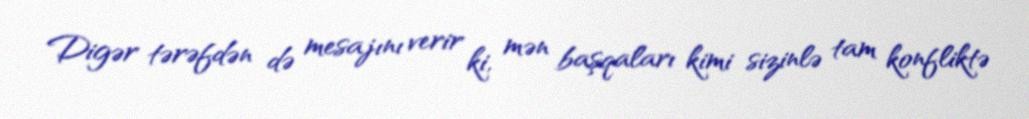
Digər tərəfdən də mesajını verir ki, mən başqaları kimi sizinlə tam konfliktə